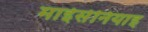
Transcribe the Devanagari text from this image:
माईसेनियाइ